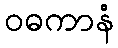
ဝဓကာနံ